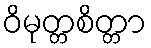
ဝိမုတ္တစိတ္တာ